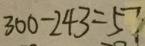
3 0 0 - 2 4 3 = 5 7